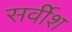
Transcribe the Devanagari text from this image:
सर्वीश